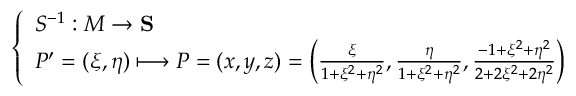
{ \left\{ \begin{array} { l l } { S ^ { - 1 } : M \to \mathbf { S } } \\ { P ^ { \prime } = ( \xi , \eta ) \longmapsto P = ( x , y , z ) = \left( { \frac { \xi } { 1 + \xi ^ { 2 } + \eta ^ { 2 } } } , { \frac { \eta } { 1 + \xi ^ { 2 } + \eta ^ { 2 } } } , { \frac { - 1 + \xi ^ { 2 } + \eta ^ { 2 } } { 2 + 2 \xi ^ { 2 } + 2 \eta ^ { 2 } } } \right) } \end{array} \right. }